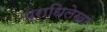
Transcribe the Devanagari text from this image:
प्राधिलेखा